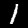
Digit: 1